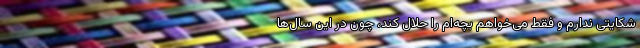
شکایتی ندارم و فقط می‌خواهم بچه‌ام را حلال کند، چون در این سال‌ها